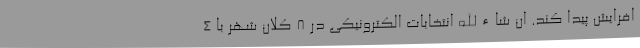
افرایش پیدا کند. ان شاءالله انتخابات الکترونیکی در ۸ کلان شهر با ۴